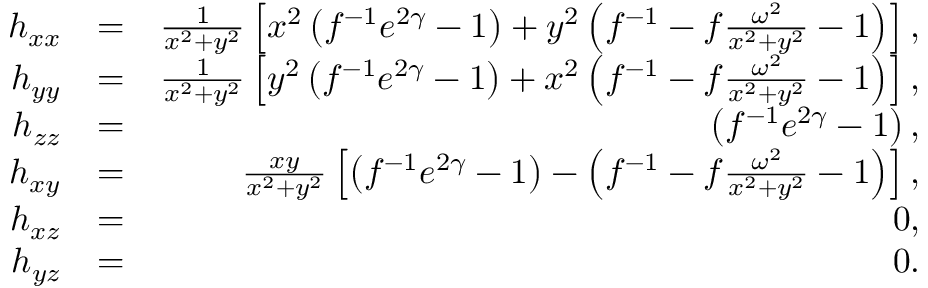
\begin{array} { r l r } { h _ { x x } } & { = } & { \frac { 1 } { x ^ { 2 } + y ^ { 2 } } \left[ x ^ { 2 } \left( f ^ { - 1 } e ^ { 2 \gamma } - 1 \right) + y ^ { 2 } \left( f ^ { - 1 } - f \frac { \omega ^ { 2 } } { x ^ { 2 } + y ^ { 2 } } - 1 \right) \right] , } \\ { h _ { y y } } & { = } & { \frac { 1 } { x ^ { 2 } + y ^ { 2 } } \left[ y ^ { 2 } \left( f ^ { - 1 } e ^ { 2 \gamma } - 1 \right) + x ^ { 2 } \left( f ^ { - 1 } - f \frac { \omega ^ { 2 } } { x ^ { 2 } + y ^ { 2 } } - 1 \right) \right] , } \\ { h _ { z z } } & { = } & { \left( f ^ { - 1 } e ^ { 2 \gamma } - 1 \right) , } \\ { h _ { x y } } & { = } & { \frac { x y } { x ^ { 2 } + y ^ { 2 } } \left[ \left( f ^ { - 1 } e ^ { 2 \gamma } - 1 \right) - \left( f ^ { - 1 } - f \frac { \omega ^ { 2 } } { x ^ { 2 } + y ^ { 2 } } - 1 \right) \right] , } \\ { h _ { x z } } & { = } & { 0 , } \\ { h _ { y z } } & { = } & { 0 . } \end{array}